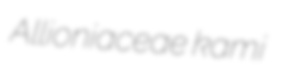
Allioniaceae kami